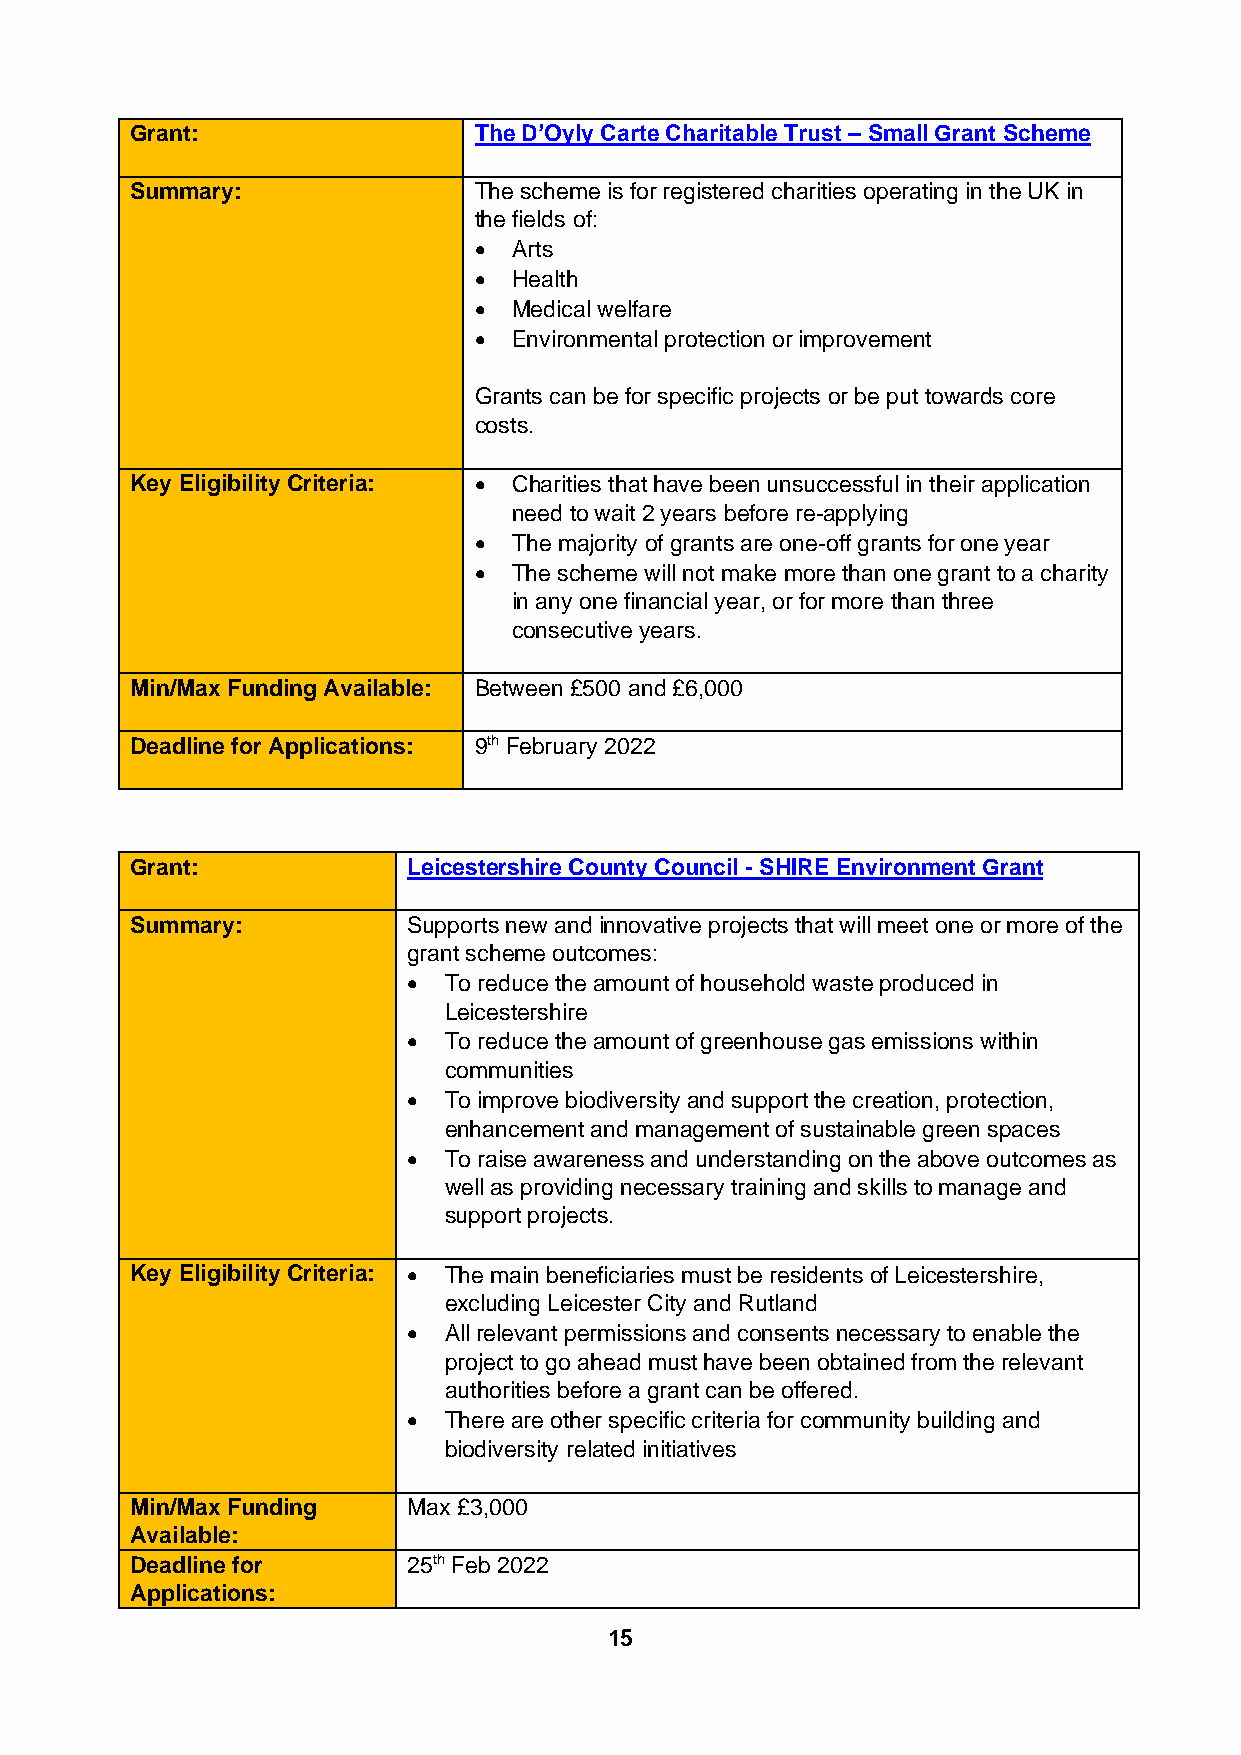
Grant:                The D’Oyly Carte Charitable Trust – Small Grant Scheme
 Summary:              The scheme is for registered charities operating in the UK in
 the fields of:
 •  Arts
 •  Health
 •  Medical welfare
 •  Environmental protection or improvement
 Grants can be for specific projects or be put towards core
 costs.
 Key Eligibility Criteria: • Charities that have been unsuccessful in their application
 need to wait 2 years before re-applying
 •  The majority of grants are one-off grants for one year
 •  The scheme will not make more than one grant to a charity
 in any one financial year, or for more than three
 consecutive years.
 Min/Max Funding Available: Between £500 and £6,000
 Deadline for Applications: 9th February 2022
 Grant:            Leicestershire County Council - SHIRE Environment Grant
 Summary:          Supports new and innovative projects that will meet one or more of the
 grant scheme outcomes:
 • To reduce the amount of household waste produced in
 Leicestershire
 • To reduce the amount of greenhouse gas emissions within
 communities
 • To improve biodiversity and support the creation, protection,
 enhancement and management of sustainable green spaces
 • To raise awareness and understanding on the above outcomes as
 well as providing necessary training and skills to manage and
 support projects.
 Key Eligibility Criteria: • The main beneficiaries must be residents of Leicestershire,
 excluding Leicester City and Rutland
 • All relevant permissions and consents necessary to enable the
 project to go ahead must have been obtained from the relevant
 authorities before a grant can be offered.
 • There are other specific criteria for community building and
 biodiversity related initiatives
 Min/Max Funding   Max £3,000
 Available:
 Deadline for      25th Feb 2022
 Applications:
 15